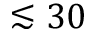
\lesssim 3 0